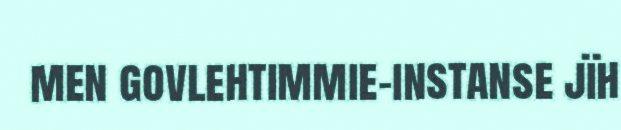
men govlehtimmie-instanse jïh